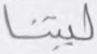
ليتنا